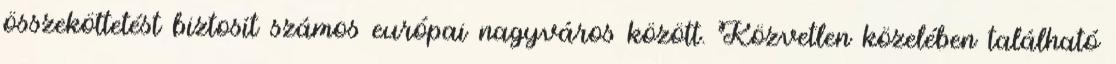
összeköttetést biztosít számos európai nagyváros között. Közvetlen közelében található